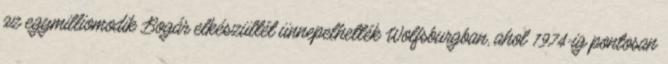
az egymilliomodik Bogár elkészültét ünnepelhették Wolfsburgban, ahol 1974-ig pontosan